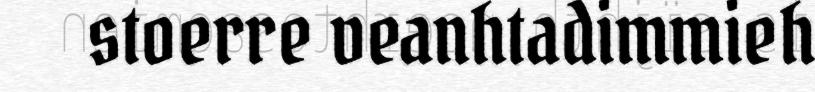
stoerre veanhtadimmieh